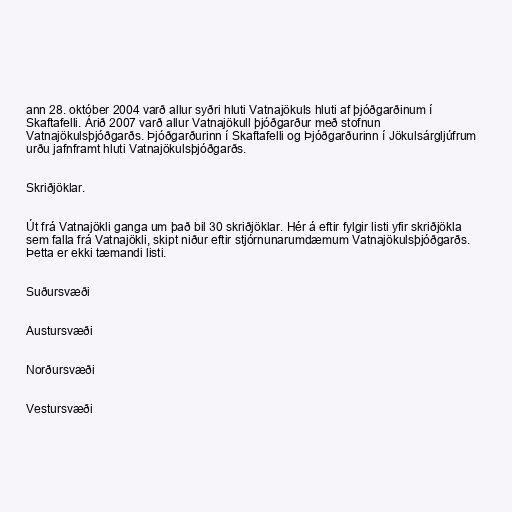
ann 28. október 2004 varð allur syðri hluti Vatnajökuls hluti af þjóðgarðinum í
Skaftafelli. Árið 2007 varð allur Vatnajökull þjóðgarður með stofnun
Vatnajökulsþjóðgarðs. Þjóðgarðurinn í Skaftafelli og Þjóðgarðurinn í Jökulsárgljúfrum
urðu jafnframt hluti Vatnajökulsþjóðgarðs.

Skriðjöklar.

Út frá Vatnajökli ganga um það bil 30 skriðjöklar. Hér á eftir fylgir listi yfir skriðjökla
sem falla frá Vatnajökli, skipt niður eftir stjórnunarumdæmum Vatnajökulsþjóðgarðs.
Þetta er ekki tæmandi listi.

Suðursvæði

Austursvæði

Norðursvæði

Vestursvæði